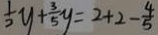
\frac { 1 } { 2 } y + \frac { 3 } { 5 } y = 2 + 2 - \frac { 4 } { 5 }